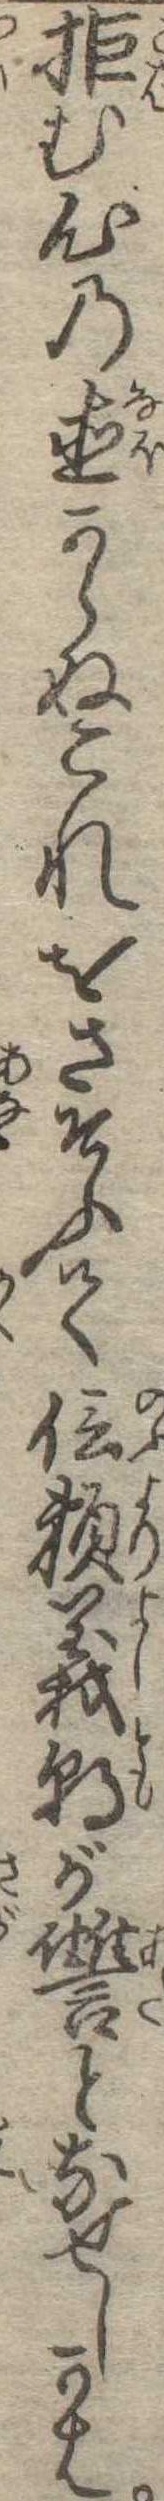
拒む心の直からぬこれをさそふて信頼義朝が讐となせしかは